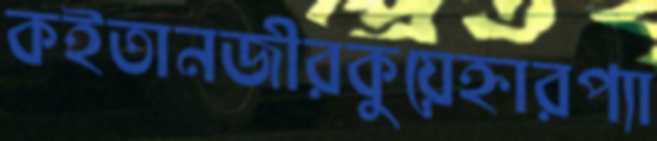
কইতানজীরকুয়েহ্নারপ্যা